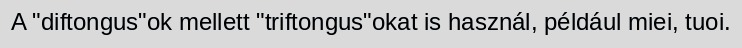
A "diftongus"ok mellett "triftongus"okat is használ, például miei, tuoi.